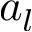
a _ { l }